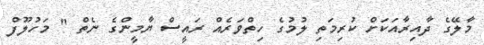
މާލޭގެ ދާއިރާއަކަށް ކުރިމަތި ލުމުގެ ހިތްވަރެއް ރައީސް ޔާމީންގެ ނެތް " މަހުލޫފް